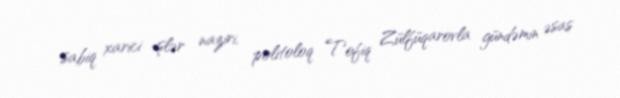
sabiq xarici işlər naziri, politoloq Tofiq Zülfüqarovla gündəmin əsas